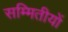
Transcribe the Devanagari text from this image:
सम्मितीयों